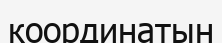
координатын